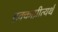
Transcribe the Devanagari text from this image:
हक्काप्रीत्यर्थ